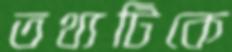
তথ্যটিকে